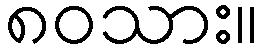
၈၀သား။